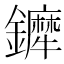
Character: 𨯇